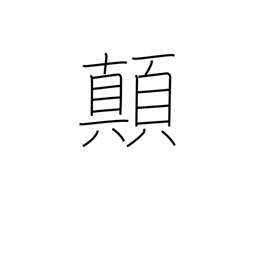
Meaning: overturn